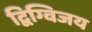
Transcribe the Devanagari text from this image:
द्विग्विजय